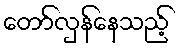
တော်လှန်နေသည့်